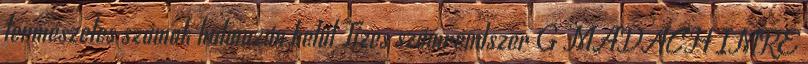
természetes számok halmazán belül Tízes számrendszer G MADÁCH IMRE